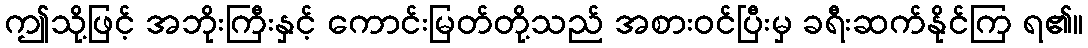
ဤသို့ဖြင့် အဘိုးကြီးနှင့် ကောင်းမြတ်တို့သည် အစားဝင်ပြီးမှ ခရီးဆက်နိုင်ကြ ရ၏။